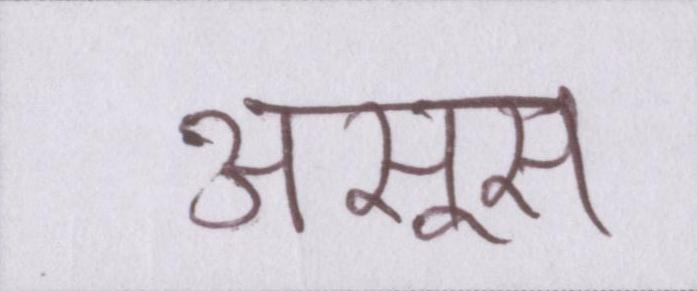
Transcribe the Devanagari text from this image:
असूस